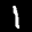
Label: 1